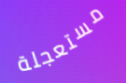
مستعجلة